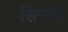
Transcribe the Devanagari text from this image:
सिरोहि